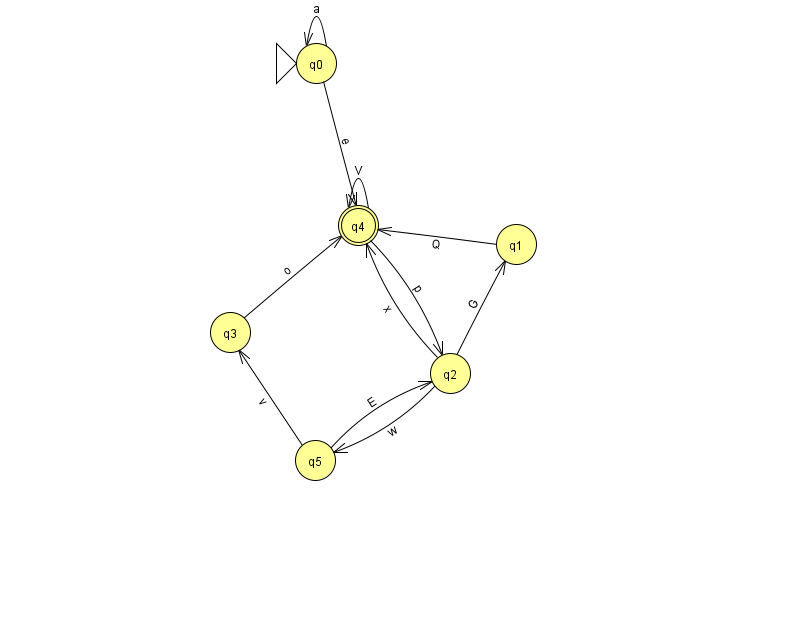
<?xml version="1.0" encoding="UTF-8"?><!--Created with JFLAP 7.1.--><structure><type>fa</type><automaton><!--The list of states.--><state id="0" name="q0"><x>316.0</x><y>50.0</y><initial/></state><state id="1" name="q1"><x>516.0</x><y>231.0</y></state><state id="2" name="q2"><x>450.0</x><y>360.0</y></state><state id="3" name="q3"><x>230.0</x><y>319.0</y></state><state id="4" name="q4"><x>358.0</x><y>212.0</y><final/></state><state id="5" name="q5"><x>315.0</x><y>447.0</y></state><!--The list of transitions.--><transition><from>0</from><to>0</to><read>a</read></transition><transition><from>4</from><to>2</to><read>p</read></transition><transition><from>0</from><to>4</to><read>e</read></transition><transition><from>5</from><to>3</to><read>v</read></transition><transition><from>5</from><to>2</to><read>E</read></transition><transition><from>4</from><to>4</to><read>V</read></transition><transition><from>2</from><to>5</to><read>w</read></transition><transition><from>2</from><to>1</to><read>G</read></transition><transition><from>2</from><to>4</to><read>x</read></transition><transition><from>1</from><to>4</to><read>Q</read></transition><transition><from>3</from><to>4</to><read>o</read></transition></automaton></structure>